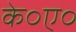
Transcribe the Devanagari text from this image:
के०ए०